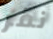
نقر